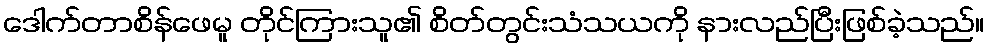
ဒေါက်တာစိန်ဖေမူ တိုင်ကြားသူ၏ စိတ်တွင်းသံသယကို နားလည်ပြီးဖြစ်ခဲ့သည်။